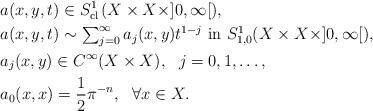
LaTeX: \begin{align*}&a(x, y, t)\in S^{1}_{{\rm cl\,}}(X\times X\times]0, \infty[), \\&\mbox{$a(x, y, t)\sim\sum^\infty_{j=0}a_j(x, y)t^{1-j}$ in $S^1_{1,0}(X\times X\times]0,\infty[)$},\\&a_j(x,y)\in C^\infty(X\times X),\ \ j=0,1,\ldots,\\&a_0(x,x)=\frac{1}{2}\pi^{-n},\ \ \forall x\in X.\end{align*}